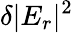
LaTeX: \delta|E_{r}|^{2}